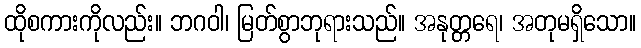
ထိုစကားကိုလည်း။ ဘဂဝါ၊ မြတ်စွာဘုရားသည်။ အနုတ္တရေ၊ အတုမရှိသော။